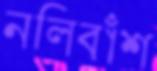
নলিবাঁশ